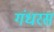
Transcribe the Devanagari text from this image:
गंधरस